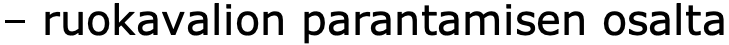
– ruokavalion parantamisen osalta